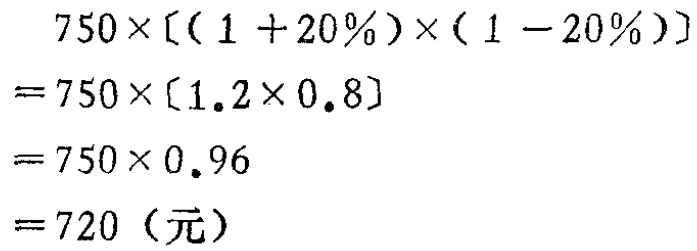
\[

\begin{align*}

&750\times[(1 + 20\%)\times(1 - 20\%)]\\

=&750\times[1.2\times0.8]\\

=&750\times0.96\\

=&720 \text{（元）}

\end{align*}

\]